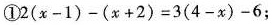
① $$2 ( x -1 ) - ( x + 2 ) = 3 ( 4 - x ) - 6$$；